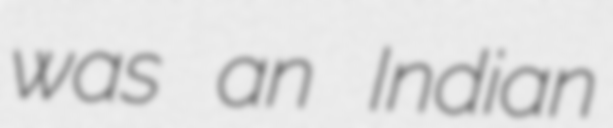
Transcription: was an Indian